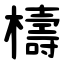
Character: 檮